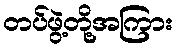
တပ်ဖွဲ့တို့အကြား